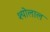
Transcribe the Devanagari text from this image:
श्योलाल